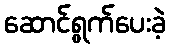
ဆောင်ရွက်ပေးခဲ့